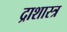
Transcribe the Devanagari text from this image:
द्राशास्त्र